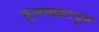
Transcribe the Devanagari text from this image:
मुजफ्फ़रपुर